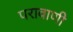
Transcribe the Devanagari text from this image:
परावाणी